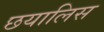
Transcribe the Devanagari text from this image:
छयालिस